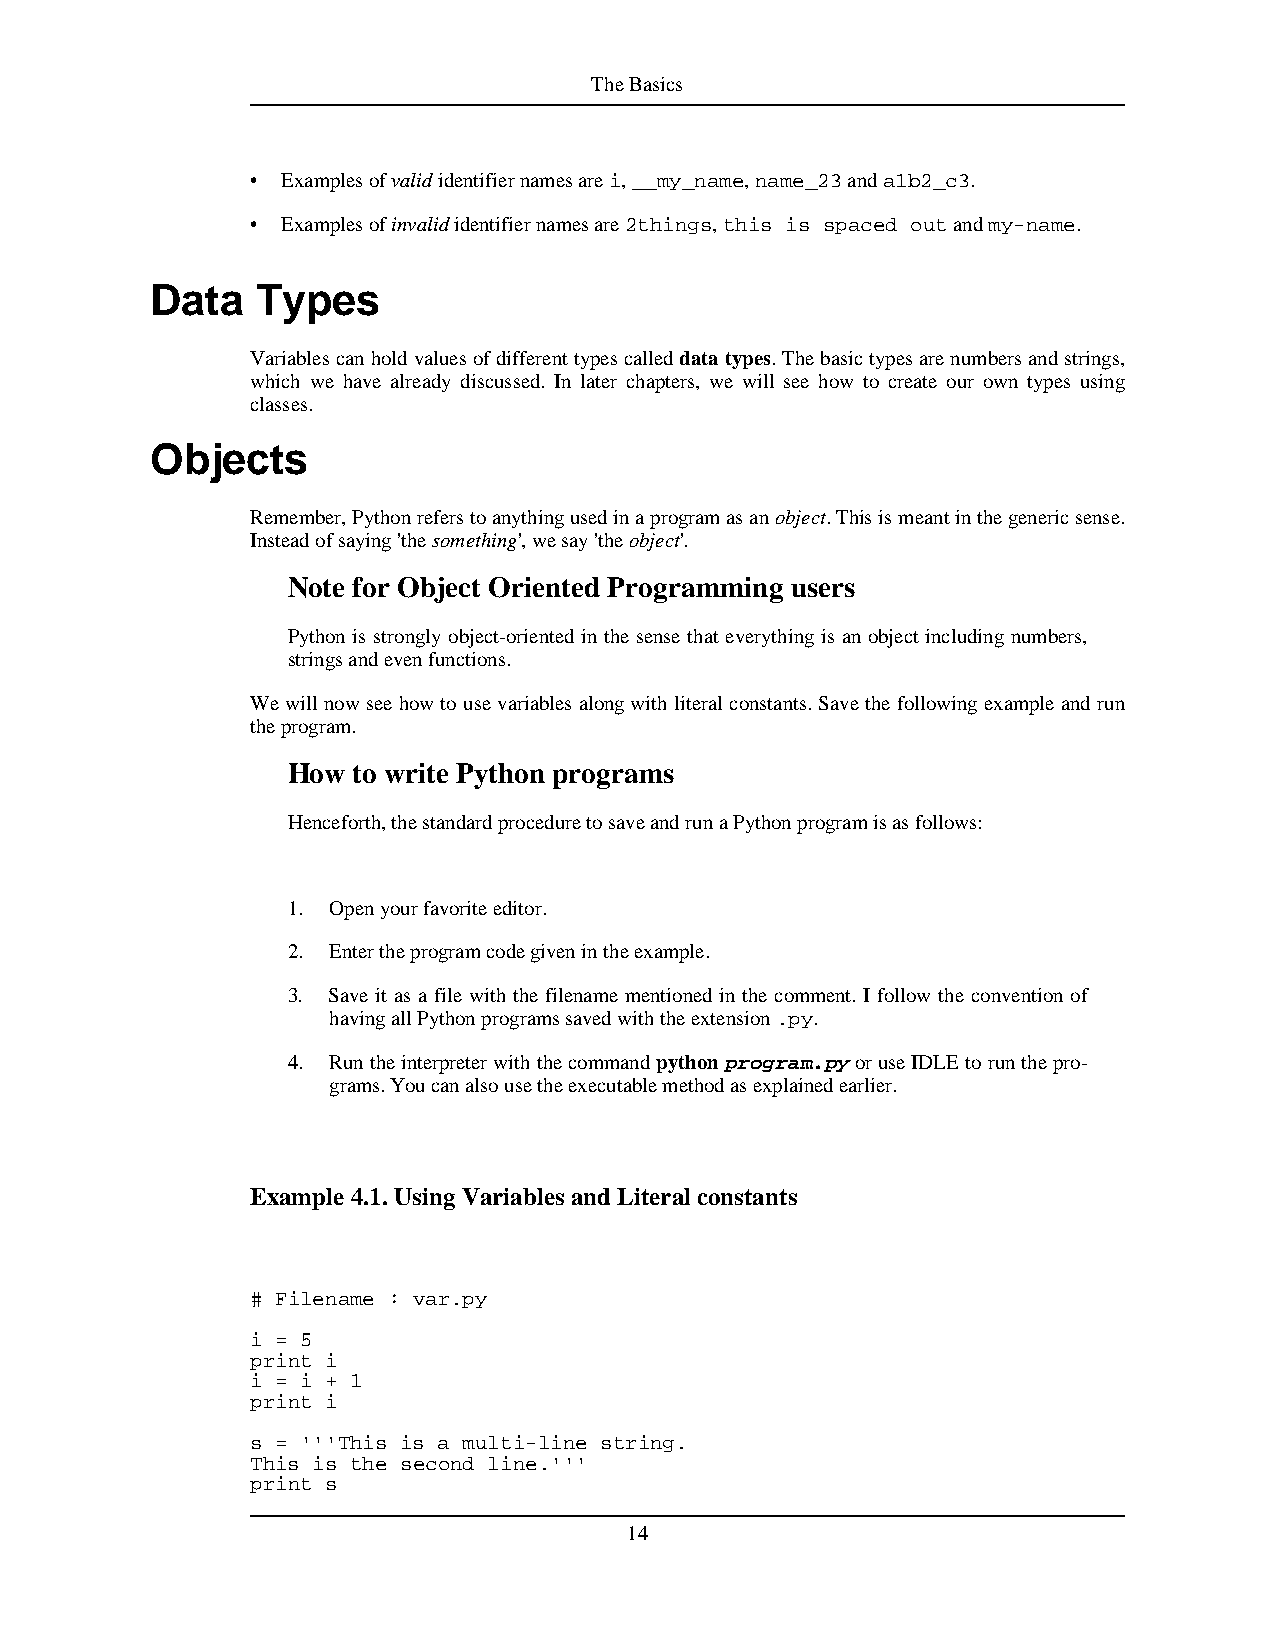
TheBasics
 • Examplesofvalididentifiernamesarei,__my_name,name_23anda1b2_c3.
 • Examplesofinvalididentifiernamesare2things,this is spaced outandmy-name.
 Data   Types
 Variablescanholdvaluesofdifferenttypescalleddatatypes.Thebasictypesarenumbersandstrings,
 which we have already discussed. In later chapters, we will see how to create our own types using
 classes.
 Objects
 Remember,Pythonreferstoanythingusedinaprogramasanobject.Thisismeantinthegenericsense.
 Insteadofsaying'thesomething',wesay'theobject'.
 Note for Object Oriented Programming users
 Python is strongly object-oriented in the sense that everything is an object including numbers,
 stringsandevenfunctions.
 Wewillnowseehowtousevariablesalongwithliteralconstants.Savethefollowingexampleandrun
 theprogram.
 How to write Python programs
 Henceforth,thestandardproceduretosaveandrunaPythonprogramisasfollows:
 1. Openyourfavoriteeditor.
 2. Entertheprogramcodegivenintheexample.
 3. Save it as a file with the filename mentioned in the comment. I follow the convention of
 havingallPythonprogramssavedwiththeextension.py.
 4. Runtheinterpreterwiththecommandpythonprogram.pyoruseIDLEtorunthepro-
 grams.Youcanalsousetheexecutablemethodasexplainedearlier.
 Example 4.1.UsingVariablesandLiteralconstants
 # Filename : var.py
 i = 5
 print i
 i = i + 1
 print i
 s = '''This is a multi-line string.
 This is the second line.'''
 print s
 14